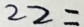
2 2 =